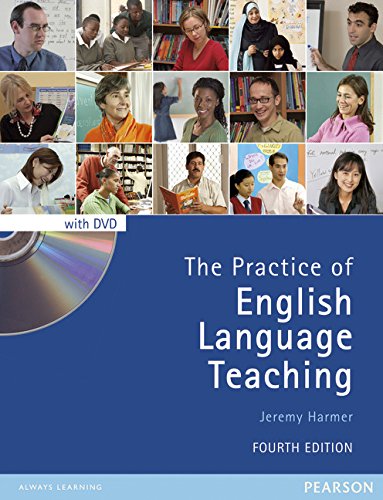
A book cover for The Practice of English Language Teaching with DVD (4th Edition) (Longman Handbooks for Language Teachers); Jeremy Harmer; Reference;